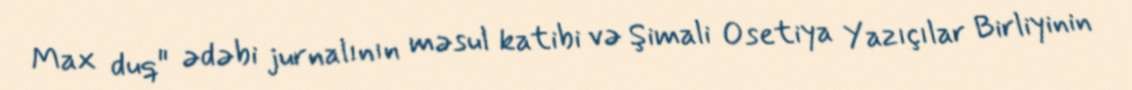
Max duq" ədəbi jurnalının məsul katibi və Şimali Osetiya Yazıçılar Birliyinin